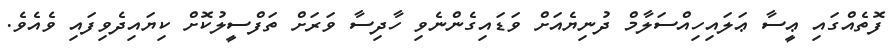
ފޮތެއްގައި ޢީސާ ޢަލައިހިއްސަލާމް ދުނިޔެއަށް ވަޑައިގެންނެވި ހާދިސާ ވަރަށް ތަފްސީލުކޮށް ކިޔައިދެވިފައި ވެއެވެ.